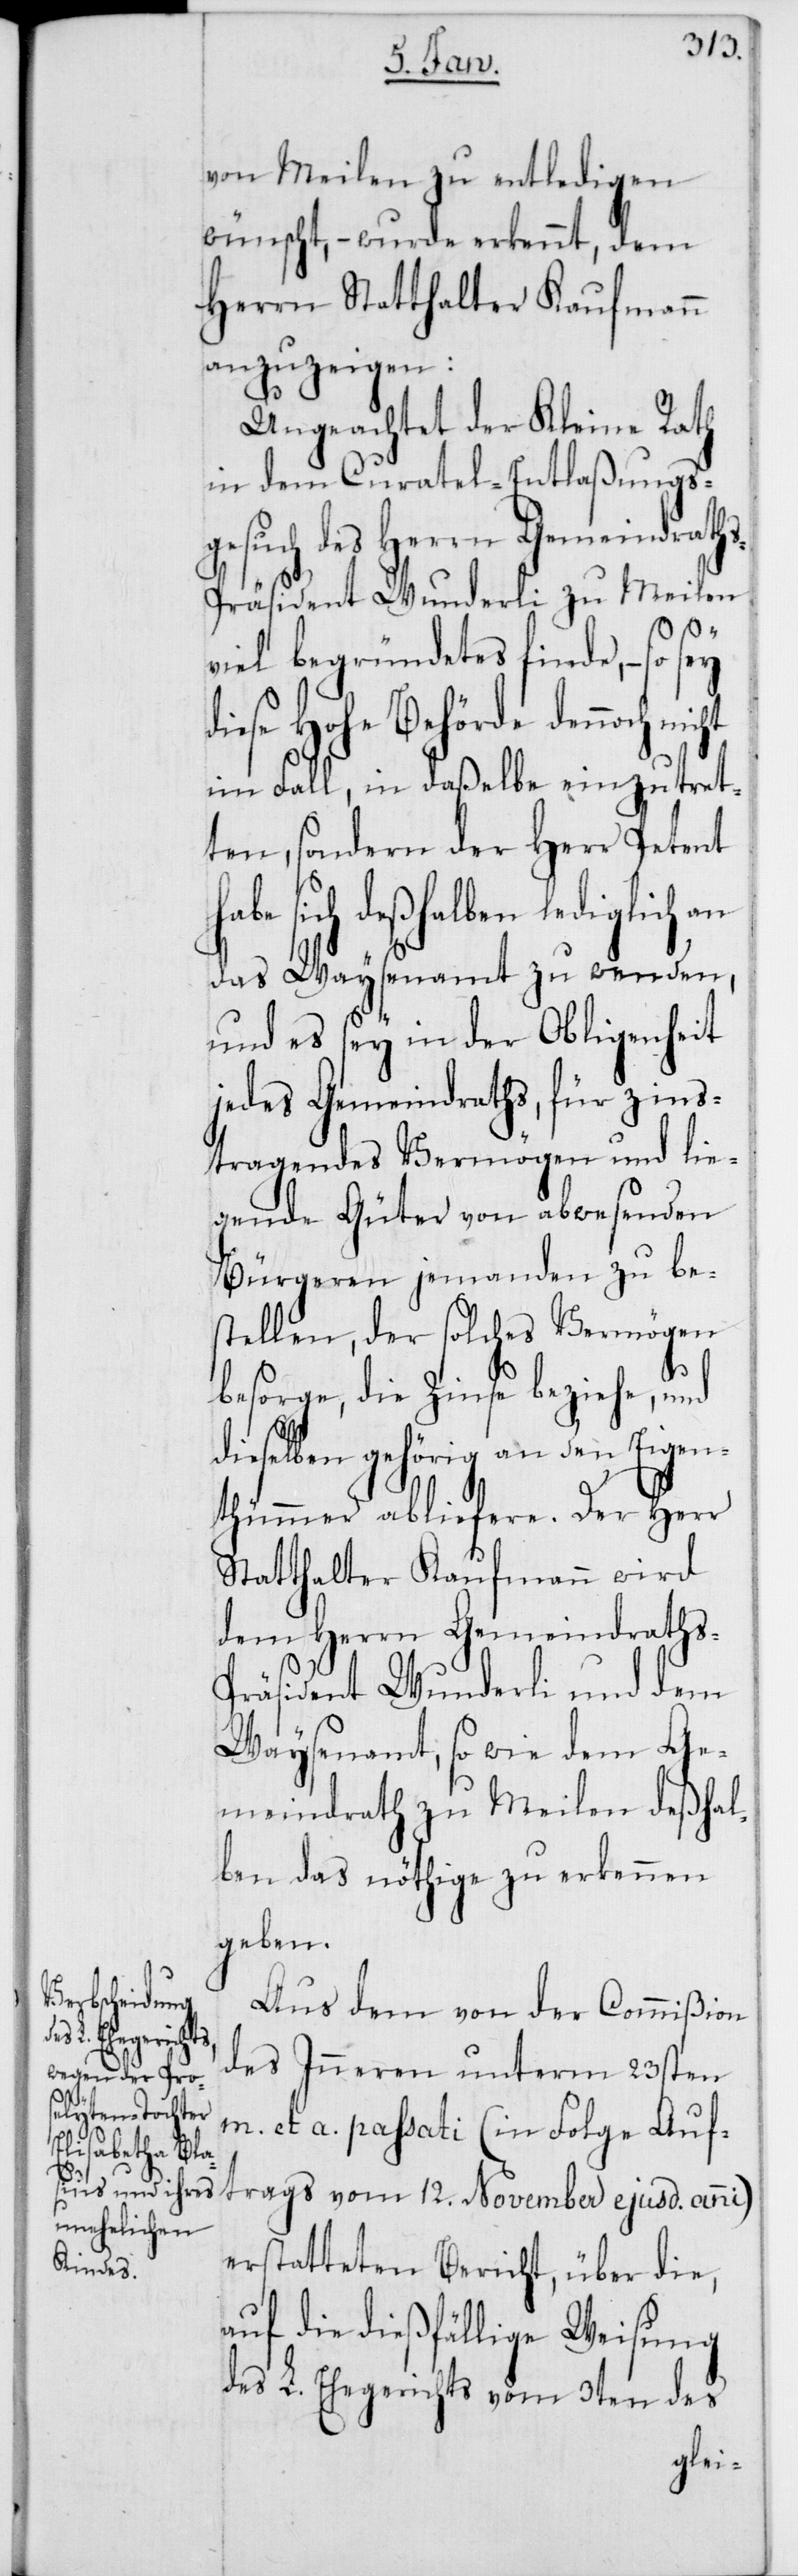
von Meilen zu entledigen
wünscht, – wurde erkennt, dem
Herrn Statthalter Kaufmann
anzuzeigen:
Ungeachtet der Kleine Rath
in dem Curatel-Entlaßungs¬
gesuch des Herrn Gemeindrath¬
s-Präsident Wunderli zu Meilen
viel begründetes finde, – so
diese Hohe Behörde dennoch
im Fall, in daßelbe einzutret¬
ten, sondern der Herr Petent
abe sich deßhalben lediglich an
das Waysenamt zu wenden,
und es sey in der Obligenheit
jedes Gemeindraths, für zins¬
tragende Vermögen und lie¬
gende Güter von abwesenden
Bürgeren jemanden zu be¬
stellen, der solches Vermögen
h¬
besorge, die Zinse beziehe, und
dieselben gehörig an den Eigen¬
thümmer abliefere. Der Herr
Statthalter Kaufmann wird
dem Herrn Gemeindraths-P¬
räsident Wunderli und dem
Waysenamt, so wie dem Ge¬
meindrath zu Meilen deßhal¬
ben das nöthige zu erkennen
geben.
Aus dem von der Commißion
des Inneren unterm 23sten
m. et a. passati (in Folge Auf¬
trags vom 12. November ejusd. anni)
erstatteten Bericht, über die,
auf die dießfällige Weisung
des L. Ehegerichts vom 3ten des